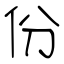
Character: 份